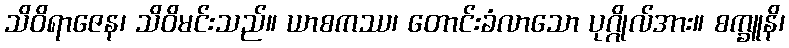
သိဝိရာဇေန၊ သိဝိမင်းသည်။ ယာစကဿ၊ တောင်းခံလာသော ပုဂ္ဂိုလ်အား။ စက္ခူနိ၊